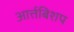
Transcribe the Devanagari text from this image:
आर्त्तबिशप